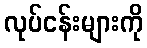
လုပ်ငန်းများကို